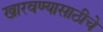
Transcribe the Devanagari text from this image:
खारवण्यासाठीचे